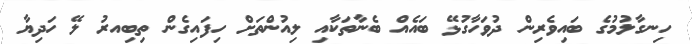
ހިނގާލުމުގެ ބައިވެރިން ދުވަހާގުޅޭ ބައެއް ބެނާތަކާއި ލިއުންތަށް ހިފައިގެން ތިބިއރު ލޭ ހަދިޔާ